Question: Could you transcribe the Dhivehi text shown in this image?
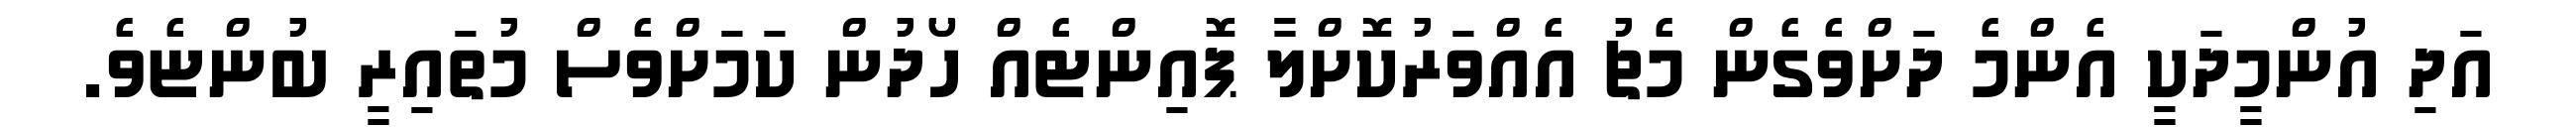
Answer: އަދި އުންމީދަކީ އެންމެ ދަށްވެގެން މެޗު އެއްވަރުކޮށްލާ ޕޮއިންޓެއް ހޯދުން ކަމަށްވެސް މުތައިރީ ބުންޏެވެ.